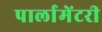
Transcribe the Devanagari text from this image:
पार्लामेंटरी